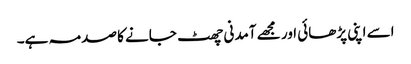
اسے اپنی پڑھائی اور مجھے آمدنی چھٹ جانے کا صدمہ ہے۔